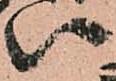
八